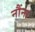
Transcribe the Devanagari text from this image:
नौंना